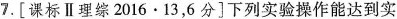
7.[课标Ⅱ理综2016·13，6分]下列实验操作能达到实